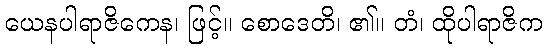
ယေနပါရာဇိကေန၊ ဖြင့်။ စောဒေတိ၊ ၏။ တံ၊ ထိုပါရာဇိက